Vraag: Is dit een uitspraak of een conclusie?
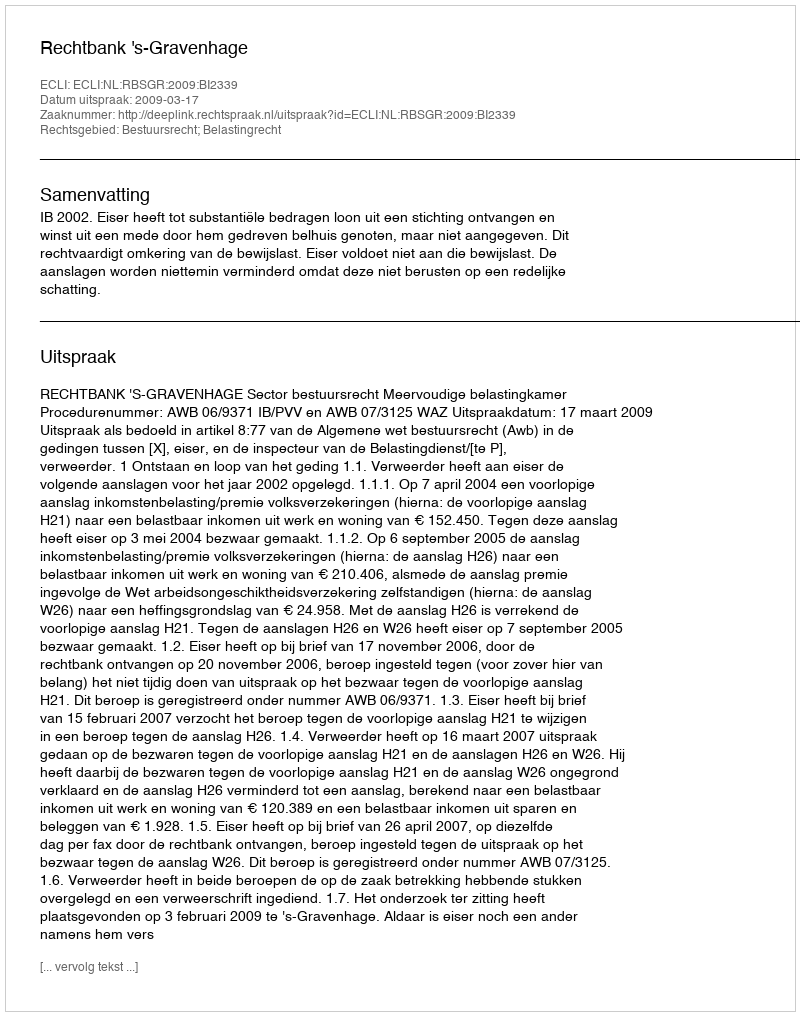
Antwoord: Uitspraak